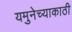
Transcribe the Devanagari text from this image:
यमुनेच्याकाठी